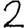
Digit: 2